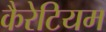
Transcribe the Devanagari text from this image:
कैरेटियम